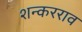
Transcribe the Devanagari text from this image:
शन्करराव